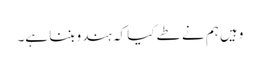
وہیں ہم نے طے کیا کہ ہندو بننا ہے۔